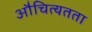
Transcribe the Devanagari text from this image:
औचित्यतता